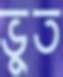
ভুত